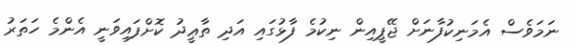
ނަމަވެސް އެމަނިކުފާނަށް ޖޭޕީއިން ނިކުމެ ފާޅުގައި އަދި ތާޢީދު ކޮށްފައިވަނީ އެންމެ ހަތަރު